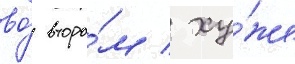
во́ второ́м / ху́же